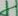
Text: 4